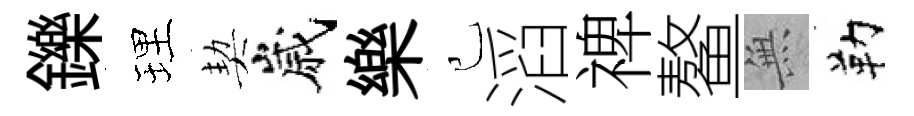
鑠理契嵗樂己滔禆鳌𭴾勒